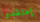
إعتقدوا